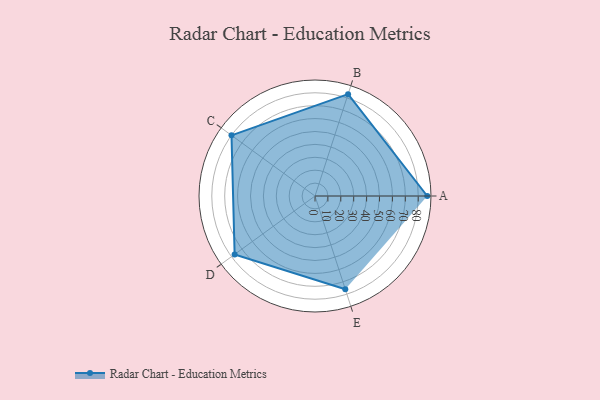
{"axis": {"x": "Skill", "y": "Score"}, "legend": ["Profile"], "data": [{"x": "A", "y": 87.0, "type": "Profile"}, {"x": "B", "y": 83.0, "type": "Profile"}, {"x": "C", "y": 80.0, "type": "Profile"}, {"x": "D", "y": 77.0, "type": "Profile"}, {"x": "E", "y": 76.0, "type": "Profile"}]}